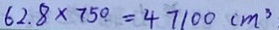
6 2 . 8 \times 7 5 0 = 4 7 1 0 0 c m ^ { 3 }